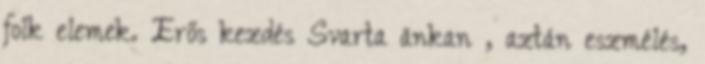
folk elemek. Erős kezdés Svarta änkan , aztán eszmélés,